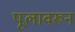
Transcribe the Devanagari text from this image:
पूलावरून